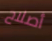
أصلاح